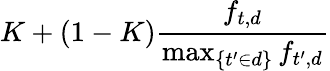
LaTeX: K+(1-K){\frac{f_{t,d}}{\operatorname*{max}_{\{ t^{\prime}\in d\} }{f_{t^{\prime},d}}}}